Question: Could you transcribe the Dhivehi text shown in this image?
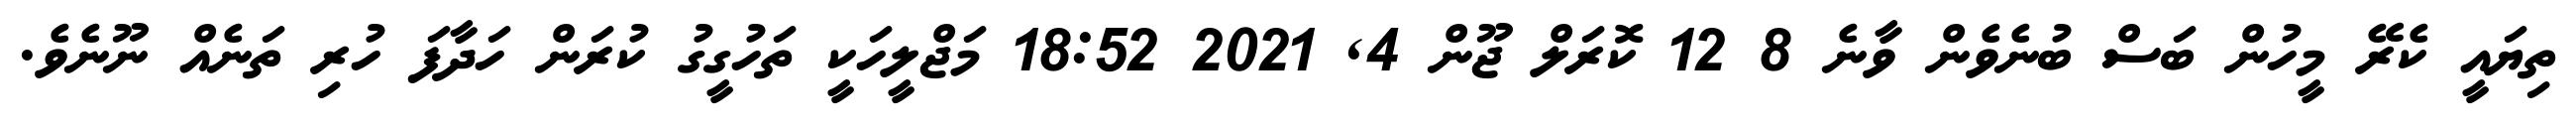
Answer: ތިޔައީ ކެރޭ މީހުން ބަސް ބުނެވެން ވާނެ 8 12 ކޮރަލް ޖޫން 4, 2021 18:52 މަޖްލީހަކީ ތަހުގީގު ކުރަން ހަދާފަ ހުރި ތަނެއް ނޫނެވެ.